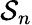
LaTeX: \mathcal{S}_{n}